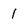
Character: 1